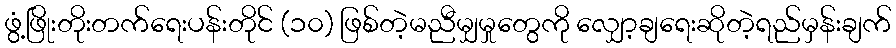
ဖွံ့ဖြိုးတိုးတက်ရေးပန်းတိုင် (၁၀) ဖြစ်တဲ့မညီမျှမှုတွေကို လျှော့ချရေးဆိုတဲ့ရည်မှန်းချက်